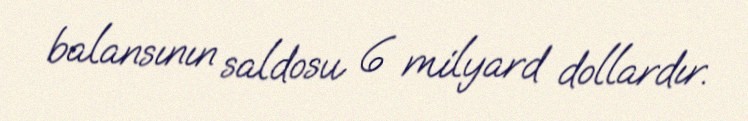
balansının saldosu 6 milyard dollardır.